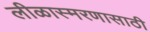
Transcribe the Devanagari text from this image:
लीळास्मरणासाठी